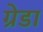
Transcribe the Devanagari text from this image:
ग्रेडा